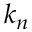
k _ { n }